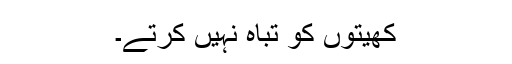
کھیتوں کو تباہ نہیں کرتے۔